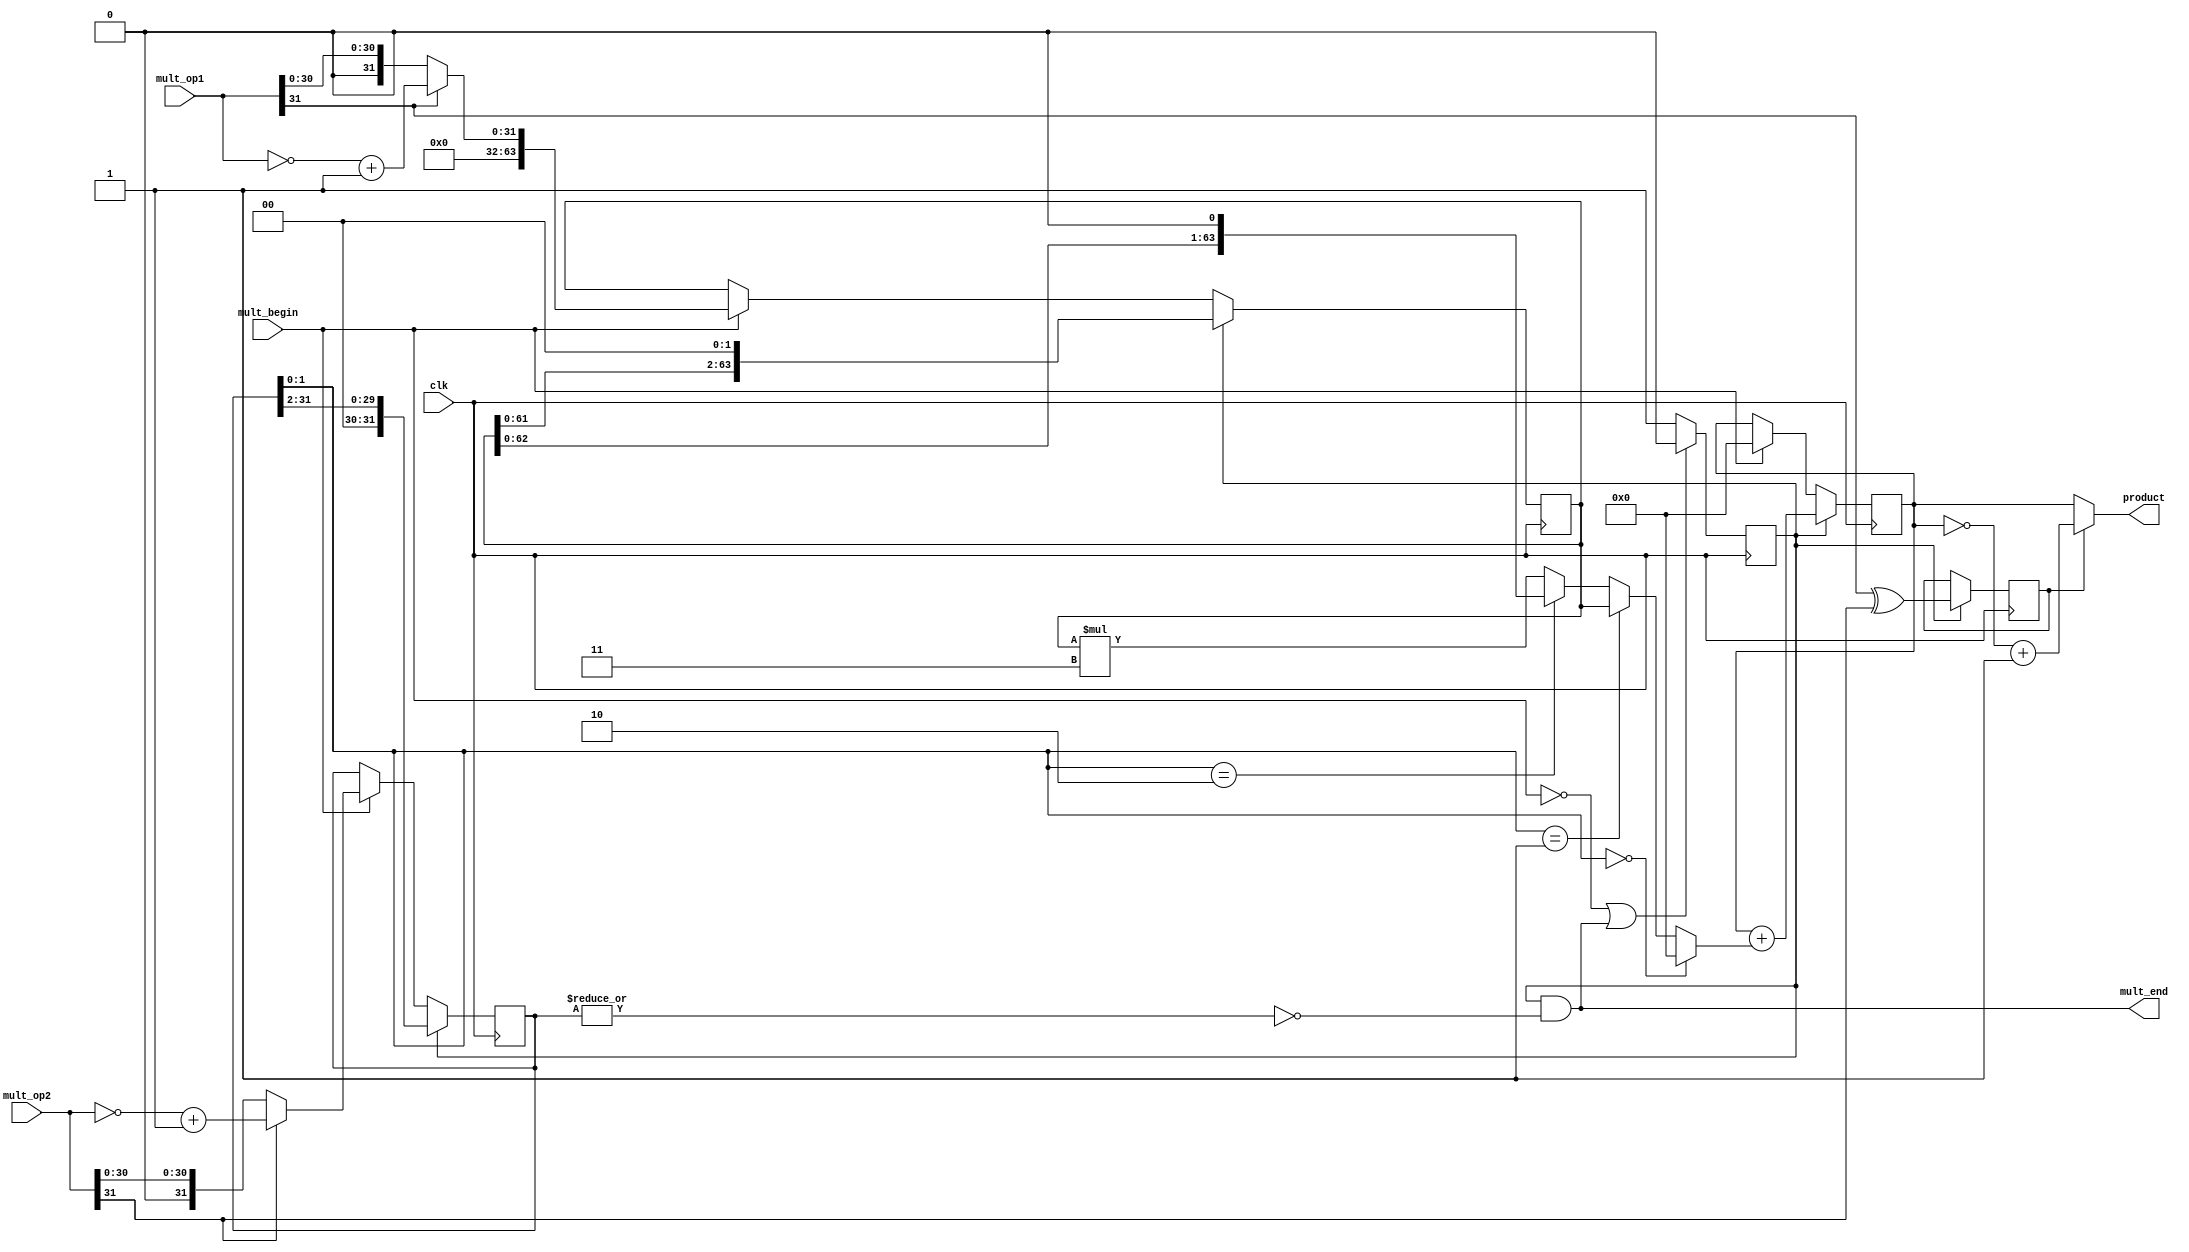
module multiply(              // ˷
    input         clk,        // ʱ
    input         mult_begin, // ˷ʼź
    input  [31:0] mult_op1,   // ˷Դ1
    input  [31:0] mult_op2,   // ˷Դ2
    output [63:0] product,    // ˻
    output        mult_end    // ˷ź
);

    //˷źźͽź
    reg mult_valid;
    assign mult_end = mult_valid & ~(|multiplier); //˷źţȫ0
    always @(posedge clk)
    begin
        if (!mult_begin || mult_end)
        begin
            mult_valid <= 1'b0;
        end
        else
        begin
            mult_valid <= 1'b1;
        end
    end

    //ԴȡֵľֵΪ䱾ľֵΪȡ1
    wire        op1_sign;      //1ķλ
    wire        op2_sign;      //2ķλ
    wire [31:0] op1_absolute;  //1ľֵ
    wire [31:0] op2_absolute;  //2ľֵ
    assign op1_sign = mult_op1[31];
    assign op2_sign = mult_op2[31];
    assign op1_absolute = op1_sign ? (~mult_op1+1) : mult_op1;
    assign op2_absolute = op2_sign ? (~mult_op2+1) : mult_op2;

    //رʱÿλ
    reg  [63:0] multiplicand;
    always @ (posedge clk)
    begin
        if (mult_valid)
        begin    // ڽг˷򱻳ÿʱλ
            multiplicand <= {multiplicand[61:0],2'b00};
//              multiplicand <= {multiplicand[61:0],'b0};
        end
        else if (mult_begin) 
        begin   // ˷ʼرΪ1ľֵ
            multiplicand <= {32'd0,op1_absolute};
        end
    end

    //سʱÿλ
    reg  [31:0] multiplier;
    always @ (posedge clk)
    begin
        if (mult_valid)
        begin   // ڽг˷ÿʱλλ
            multiplier <= {2'b00,multiplier[31:2]}; 
//               multiplier <= {2'b00,multiplier[31:2]}; 
        end
        else if (mult_begin)
        begin   // ˷ʼسΪ2ľֵ
            multiplier <= op2_absolute; 
        end
    end
    
    // ֻĩλΪ1ɱƵõĩλΪ0ֻΪ0
    wire [63:0] partial_product;
//    assign partial_product = multiplier[0] ? multiplicand : 64'd0;
    assign partial_product = (multiplier[1:0] == 2'b00) ? 64'd0 :
                         (multiplier[1:0] == 2'b01) ? multiplicand :
                         (multiplier[1:0] == 2'b10) ? multiplicand << 1 :
                         multiplicand * 3;
    
    //ۼ
    reg [63:0] product_temp;
    always @ (posedge clk)
    begin
        if (mult_valid)
        begin
            product_temp <= product_temp + partial_product;
        end
        else if (mult_begin) 
        begin
            product_temp <= 64'd0;  // ˷ʼ˻ 
        end
    end 
     
    //˷ķλͳ˷
    reg product_sign;
    always @ (posedge clk)  // ˻
    begin
        if (mult_valid)
        begin
              product_sign <= op1_sign ^ op2_sign;
        end
    end 
    //˷ΪҪԽȡ+1
    assign product = product_sign ? (~product_temp+1) : product_temp;
endmodule